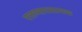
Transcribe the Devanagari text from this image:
रक्तभारशामक